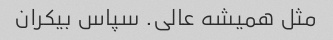
مثل همیشه عالی. سپاس بیکران